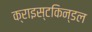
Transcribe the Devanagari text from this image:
क्राइस्टकिन्डल